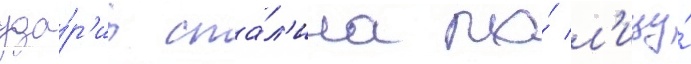
уда́р'ил ста́л'ина по́ л'ицу́